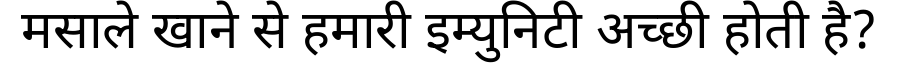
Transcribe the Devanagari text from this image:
मसाले खाने से हमारी इम्युनिटी अच्छी होती है?